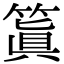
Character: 䈯